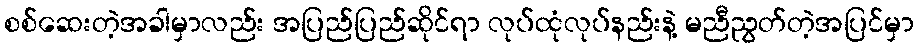
စစ်ဆေးတဲ့အခါမှာလည်း အပြည်ပြည်ဆိုင်ရာ လုပ်ထုံလုပ်နည်းနဲ့ မညီညွတ်တဲ့အပြင်မှာ